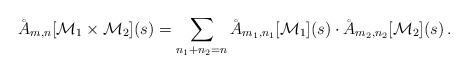
LaTeX: \begin{align*}\AA_{m,n}[\mathcal{M}_1\times\mathcal{M}_2](s)=\sum_{n_1+n_2=n}\AA_{m_1,n_1}[\mathcal{M}_1](s)\cdot\AA_{m_2,n_2}[\mathcal{M}_2](s)\,.\end{align*}